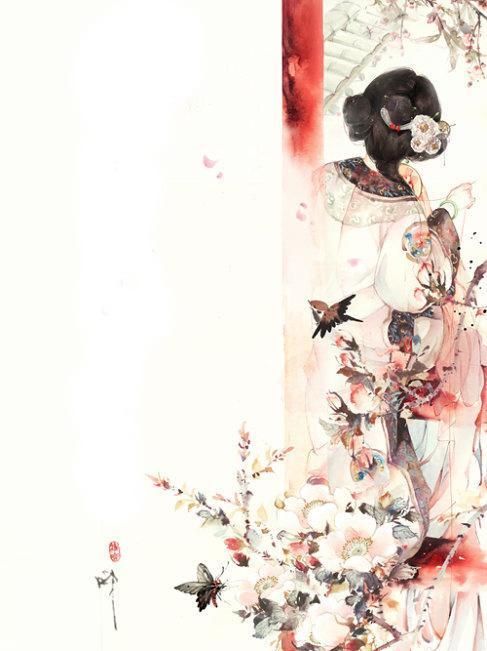
庭树不知人去尽，春来还发旧时花。